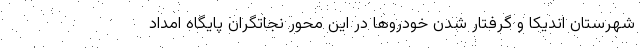
شهرستان اندیکا و گرفتار شدن خودرو‌ها در این محور نجاتگران پایگاه امداد